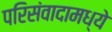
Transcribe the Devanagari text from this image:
परिसंवादामध्ये